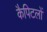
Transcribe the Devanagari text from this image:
कैपिटलों